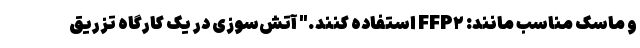
و ماسک مناسب مانند: FFP۲ استفاده کنند." آتش‌سوزی در یک کارگاه تزریق